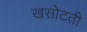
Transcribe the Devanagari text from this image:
खसोटती